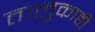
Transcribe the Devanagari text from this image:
तालुकाही